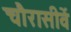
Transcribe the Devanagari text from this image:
चौरासीवें